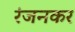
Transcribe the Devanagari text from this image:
रंजनकर